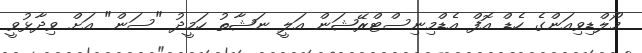
މޯލްޑިވިއަންގެ ހެޑް އޮފް އެޑްމިނިސްޓްރޭޝަން އަލީ ނަޝާތު ހަމީދު "ސަން" އަށް ވިދާޅުވީ